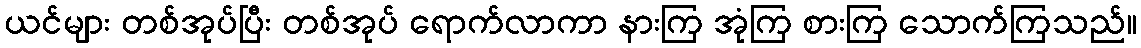
ယင်များ တစ်အုပ်ပြီး တစ်အုပ် ရောက်လာကာ နားကြ အုံကြ စားကြ သောက်ကြသည်။